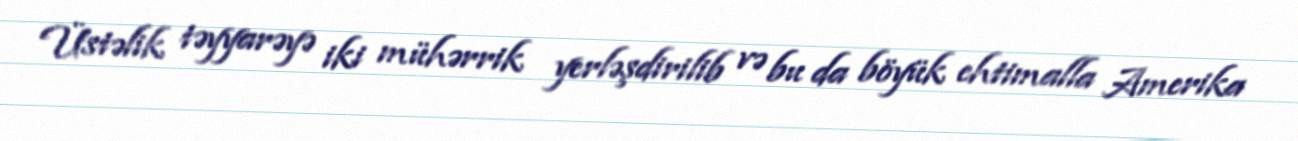
Üstəlik təyyarəyə iki mühərrik yerləşdirilib və bu da böyük ehtimalla Amerika